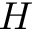
H